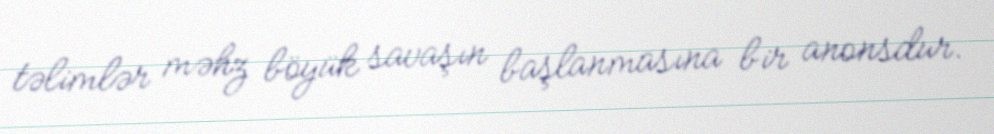
təlimlər məhz böyük savaşın başlanmasına bir anonsdur.